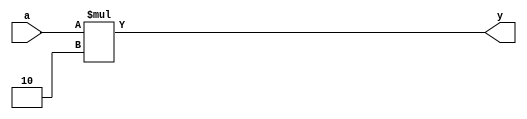
module mul2 (input [2:0] a, output [3:0] y);
	assign y = a * 2;
endmodule